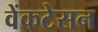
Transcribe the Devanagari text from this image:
वेंकटेसन